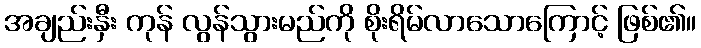
အချည်းနှီး ကုန် လွန်သွားမည်ကို စိုးရိမ်လာသောကြောင့် ဖြစ်၏။